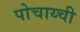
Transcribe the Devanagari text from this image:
पोचाय्ची